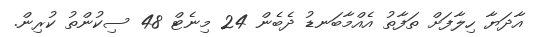
އާދަޔާ ހިލާފަށް ތަފާތު އެއްމާބަނޑު ދެބެން 24 މިނެޓް 48 ސިކުންތު ކުރިން.